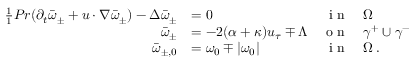
\begin{array} { r l r l } { \frac { 1 } { 1 } { { P r } } ( \partial _ { t } \bar { \omega } _ { \pm } + u \cdot \nabla \bar { \omega } _ { \pm } ) - \Delta \bar { \omega } _ { \pm } } & { = 0 } & { \textnormal { i n } } & { \Omega } \\ { \bar { \omega } _ { \pm } } & { = - 2 ( \alpha + \kappa ) u _ { \tau } \mp \Lambda } & { \textnormal { o n } } & { \gamma ^ { + } \cup \gamma ^ { - } } \\ { \bar { \omega } _ { \pm , 0 } } & { = \omega _ { 0 } \mp | \omega _ { 0 } | } & { \textnormal { i n } } & { \Omega \, . } \end{array}